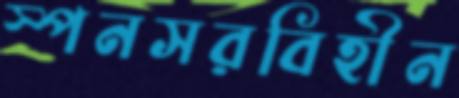
স্পনসরবিহীন